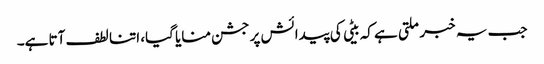
جب یہ خبر ملتی ہے کہ بیٹی کی پیدائش پر جشن منایا گیا، اتنا لطف آتا ہے۔